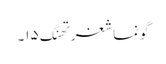
گونماشغرتھنگ ۱۵۔